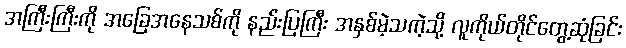
အကြီးကြီးကို အခြေအနေသစ်ကို နည်းပြကြီး အနှစ်မဲ့သကဲ့သို့ လူကိုယ်တိုင်တွေ့ဆုံခြင်း